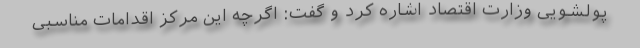
پولشویی وزارت اقتصاد اشاره کرد و گفت: اگرچه این مرکز اقدامات مناسبی